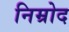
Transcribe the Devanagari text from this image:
निम्रोद